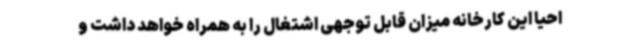
احیا این کارخانه میزان قابل توجهی اشتغال را به همراه خواهد داشت و